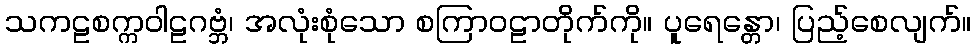
သကဠစက္ကဝါဠဂဗ္ဘံ၊ အလုံးစုံသော စကြာဝဠာတိုက်ကို။ ပူရေန္တော၊ ပြည့်စေလျက်။